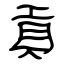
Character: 貢